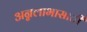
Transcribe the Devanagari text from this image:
अन्नलाभासाठी